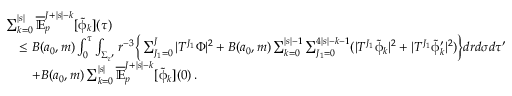
\begin{array} { r l } & { \sum _ { k = 0 } ^ { | s | } \overline { { \mathbb { E } } } _ { p } ^ { J + | s | - k } [ { \tilde { \upphi } } _ { k } ] ( \tau ) } \\ & { \quad \leq B ( a _ { 0 } , m ) \int _ { 0 } ^ { \tau } \int _ { \Sigma _ { \tau ^ { \prime } } } r ^ { - 3 } \Big \{ \sum _ { J _ { 1 } = 0 } ^ { J } | T ^ { J _ { 1 } } \Phi | ^ { 2 } + B ( a _ { 0 } , m ) \sum _ { k = 0 } ^ { | s | - 1 } \sum _ { J _ { 1 } = 0 } ^ { 4 | s | - k - 1 } ( | T ^ { J _ { 1 } } \tilde { \upphi } _ { k } | ^ { 2 } + | T ^ { J _ { 1 } } \tilde { \upphi } _ { k } ^ { \prime } | ^ { 2 } ) \Big \} d r d \sigma d \tau ^ { \prime } } \\ & { \quad \quad + B ( a _ { 0 } , m ) \sum _ { k = 0 } ^ { | s | } \overline { { \mathbb { E } } } _ { p } ^ { J + | s | - k } [ { \tilde { \upphi } } _ { k } ] ( 0 ) \, . } \end{array}